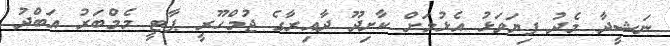
ނަޝީދާ މެދު ފިޔަވަޅު އެޅުމަށް ކާށިދޫ ދާއިރާގެ ޖުމްހޫރީ ޕާޓީ މެމްބަރު އަބްދު